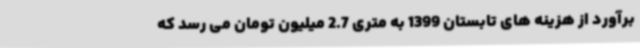
برآورد از هزینه های تابستان 1399 به متری 2.7 میلیون تومان می رسد که